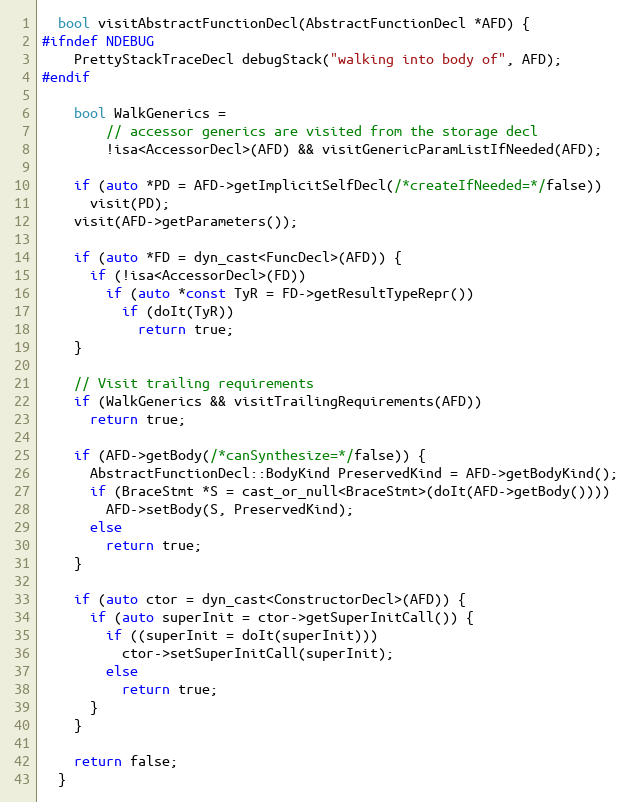
Language: C++
  bool visitAbstractFunctionDecl(AbstractFunctionDecl *AFD) {
#ifndef NDEBUG
    PrettyStackTraceDecl debugStack("walking into body of", AFD);
#endif

    bool WalkGenerics =
        // accessor generics are visited from the storage decl
        !isa<AccessorDecl>(AFD) && visitGenericParamListIfNeeded(AFD);

    if (auto *PD = AFD->getImplicitSelfDecl(/*createIfNeeded=*/false))
      visit(PD);
    visit(AFD->getParameters());

    if (auto *FD = dyn_cast<FuncDecl>(AFD)) {
      if (!isa<AccessorDecl>(FD))
        if (auto *const TyR = FD->getResultTypeRepr())
          if (doIt(TyR))
            return true;
    }

    // Visit trailing requirements
    if (WalkGenerics && visitTrailingRequirements(AFD))
      return true;

    if (AFD->getBody(/*canSynthesize=*/false)) {
      AbstractFunctionDecl::BodyKind PreservedKind = AFD->getBodyKind();
      if (BraceStmt *S = cast_or_null<BraceStmt>(doIt(AFD->getBody())))
        AFD->setBody(S, PreservedKind);
      else
        return true;
    }

    if (auto ctor = dyn_cast<ConstructorDecl>(AFD)) {
      if (auto superInit = ctor->getSuperInitCall()) {
        if ((superInit = doIt(superInit)))
          ctor->setSuperInitCall(superInit);
        else
          return true;
      }
    }

    return false;
  }